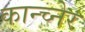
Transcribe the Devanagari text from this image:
कान्च्नेर